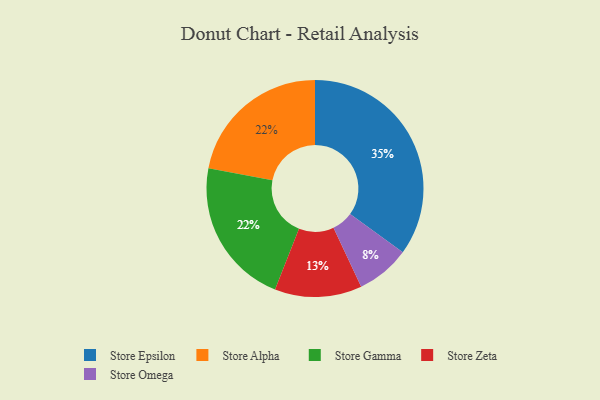
{"axis": {"x": "Category", "y": "Percentage"}, "legend": ["Store Alpha", "Store Epsilon", "Store Gamma", "Store Omega", "Store Zeta"], "data": [{"x": "Store Alpha", "y": 22, "type": "Store Alpha"}, {"x": "Store Zeta", "y": 13, "type": "Store Zeta"}, {"x": "Store Gamma", "y": 22, "type": "Store Gamma"}, {"x": "Store Omega", "y": 8, "type": "Store Omega"}, {"x": "Store Epsilon", "y": 35, "type": "Store Epsilon"}]}